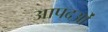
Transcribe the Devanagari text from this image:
आपदओं